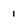
Character: 1